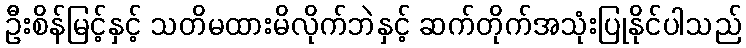
ဦးစိန်မြင့်နှင့် သတိမထားမိလိုက်ဘဲနှင့် ဆက်တိုက်အသုံးပြုနိုင်ပါသည်